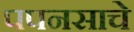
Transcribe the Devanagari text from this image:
पपनसाचे